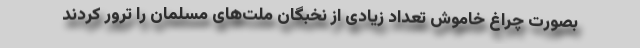
بصورت چراغ خاموش تعداد زیادی از نخبگان ملت‌های مسلمان را ترور کردند